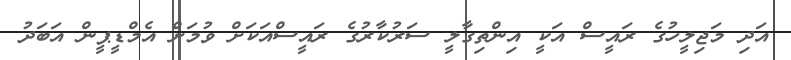
އަދި މަޖިލީހުގެ ރައީސް އަކީ އިންތިގާލީ ސަރުކާރުގެ ރައީސްއަކަށް ވުމަށް އެމްޑީޕީން އަބަދު